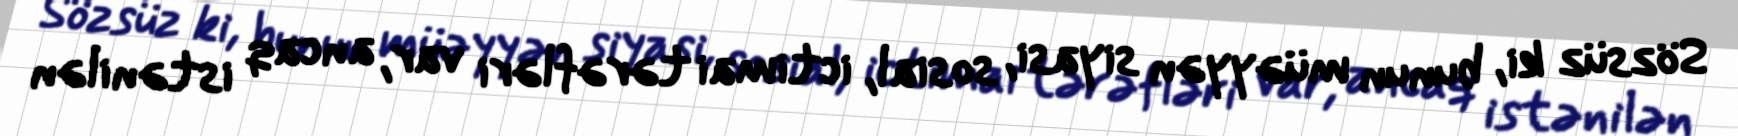
Sözsüz ki, bunun müəyyən siyasi, sosial, ictimai tərəfləri var, ancaq istənilən